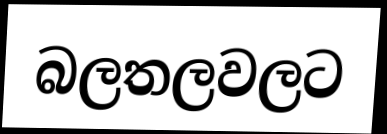
බලතලවලට